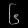
Digit: ၆